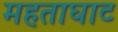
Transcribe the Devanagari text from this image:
महताघाट